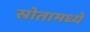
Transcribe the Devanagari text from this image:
स्रोतामध्ये